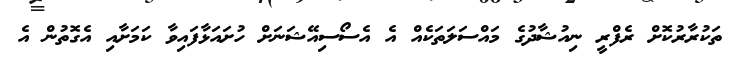
ތަކުރާރުކޮށް ރެފްރީ ނިއުޝާދުގެ މައްސަލަތަކެއް އެ އެސޯސިއޭޝަނަށް ހުށައަޅާފައިވާ ކަމަށާއި އެގޮތުން އެ